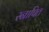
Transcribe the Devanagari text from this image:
स्नापित